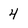
Character: 4